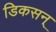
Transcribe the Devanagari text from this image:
डिकसन्